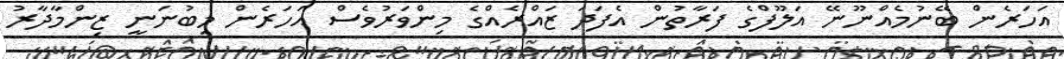
އަހަރެން ބޭނުމެއްނޫނޭ އަލޫފްގެ ފަރާތުން އެފަދަ ޒައްރެއްގެ މިންވަރުވެސް އަހަރެން މިބުނަނީ ޒިންމާދާރު